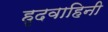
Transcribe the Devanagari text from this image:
हृदवाहिनी